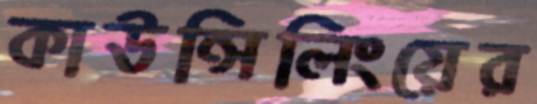
কাউন্সিলিংয়ের